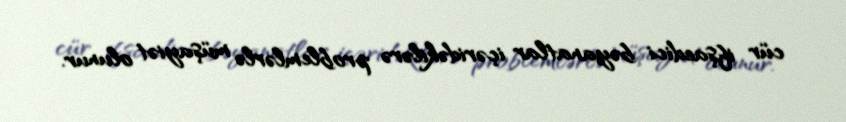
cür ifşaedici bəyanatlar içəridəkilərə problemlərlə müşayiət olunur.